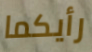
رأيكما